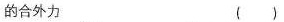
的合外力 ( )